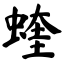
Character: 蝰